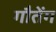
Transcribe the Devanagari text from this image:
गौतेंग